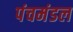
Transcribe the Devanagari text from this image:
पंचमंडल